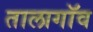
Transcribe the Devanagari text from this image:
तालागॉव